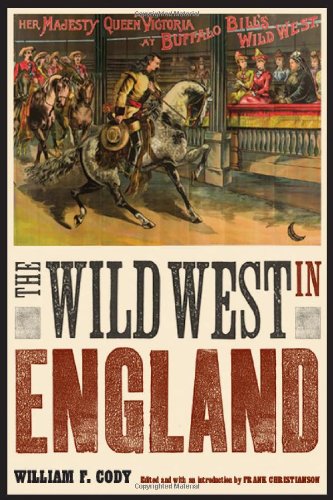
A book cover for The Wild West in England (The Papers of William F. "Buffalo Bill" Cody); William F. Cody; Sports & Outdoors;